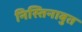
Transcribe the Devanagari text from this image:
निस्तिनाबुत